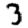
Digit: 3